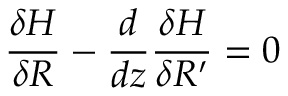
\frac { \delta H } { \delta R } - \frac { d } { d z } \frac { \delta H } { \delta R ^ { \prime } } = 0